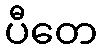
ပီတေ